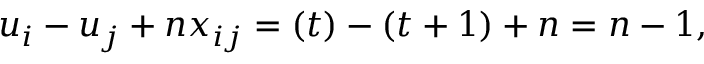
u _ { i } - u _ { j } + n x _ { i j } = ( t ) - ( t + 1 ) + n = n - 1 ,